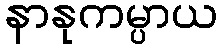
နာနုကမ္ပာယ